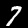
Digit: 7